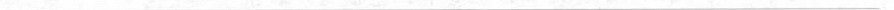
___